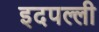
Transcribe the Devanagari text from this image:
इदपल्ली